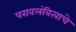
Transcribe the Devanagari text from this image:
परावलंबित्वाचे